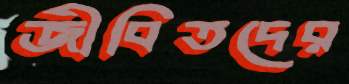
জীবিতদের